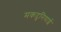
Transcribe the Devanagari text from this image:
मकदुनियाई